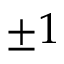
\pm 1